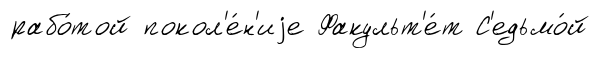
рабо́той покол'е́н'иjе Факульт'е́т С'едьмо́й